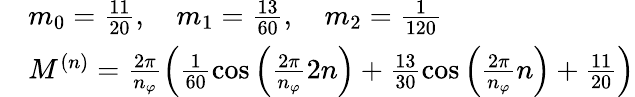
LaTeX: \begin{array}{rl}&{m_{0}=\frac{11}{20},\quad m_{1}=\frac{13}{60},\quad m_{2}=\frac{1}{120}}\\ &{M^{(n)}=\frac{2\pi}{n_{\varphi}}\left(\frac{1}{60}\cos\left(\frac{2\pi}{n_{\varphi}}2n\right)+\frac{13}{30}\cos\left(\frac{2\pi}{n_{\varphi}}n\right)+\frac{11}{20}\right)}\end{array}